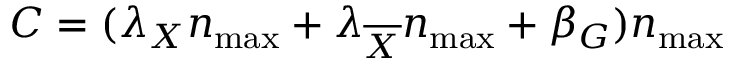
C = ( \lambda _ { X } n _ { \operatorname* { m a x } } + \lambda _ { \overline { { X } } } n _ { \operatorname* { m a x } } + \beta _ { G } ) n _ { \operatorname* { m a x } }